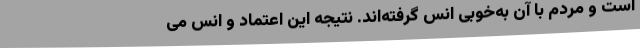
است و مردم با آن به‌خوبی انس گرفته‌اند. نتیجه این اعتماد و انس می